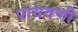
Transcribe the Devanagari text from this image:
पायवणी